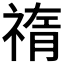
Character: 𥚨